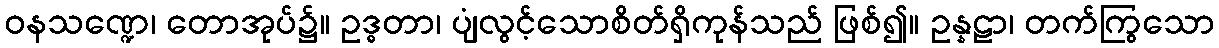
ဝနသဏ္ဍေ၊ တောအုပ်၌။ ဥဒ္ဓတာ၊ ပျံလွင့်သောစိတ်ရှိကုန်သည် ဖြစ်၍။ ဥန္နဠာ၊ တက်ကြွသော